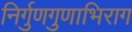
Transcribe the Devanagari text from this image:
निर्गुणगुणाभिराग